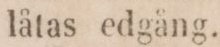
låtas edgång.